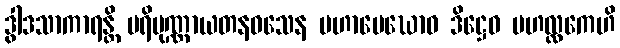
ဒွါဒသာကာရန္တိ ပရိပုဏ္ဏာယတနဝသေန မဟာမေဃောဝ ဒိဋ္ဌေဝ မဟလ္လကေဟိ